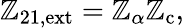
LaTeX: \mathbb{Z}_{\mathrm{{21,ext}}}=\mathbb{Z}_{\alpha}\mathbb{Z}_{\mathrm{{c}}},